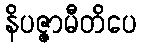
နိပဇ္ဇာမီတိပေ